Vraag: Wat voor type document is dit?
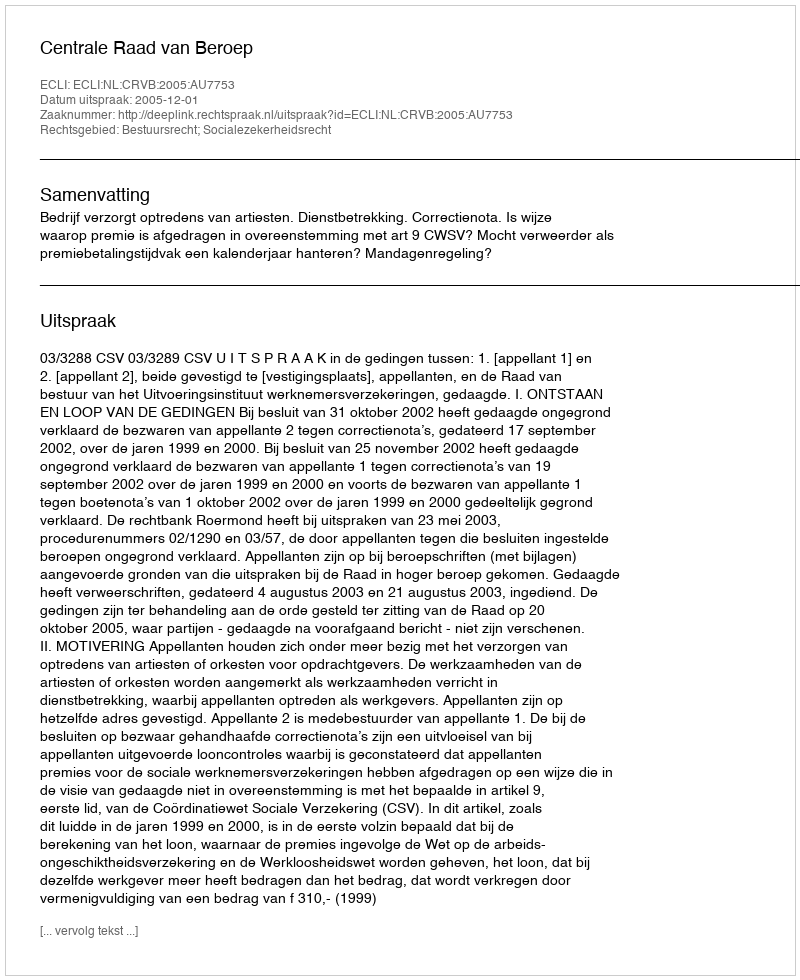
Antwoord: Uitspraak